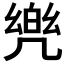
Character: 𮰋